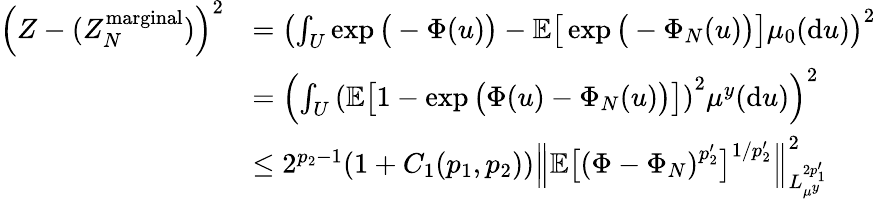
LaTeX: \begin{array}{rl}{\left(Z-(Z_{N}^{\mathrm{marginal}})\right)^{2}}&{=\left(\int_{U}\exp\big(-\Phi(u)\big)-\mathbb{E}\big[\exp\big(-\Phi_{N}(u)\big)\big]\mu_{0}(\mathrm{d}u)\right)^{2}}\\ &{=\left(\int_{U}\left(\mathbb{E}\big[1-\exp\big(\Phi(u)-\Phi_{N}(u)\big)\big]\right)^{2}\mu^{y}(\mathrm{d}u)\right)^{2}}\\ &{\leq 2^{p_{2}-1}(1+C_{1}(p_{1},p_{2}))\left\| \mathbb{E}\big[\left(\Phi-\Phi_{N}\right)^{p_{2}^{\prime}}\big]^{1/p_{2}^{\prime}}\right\| _{L_{\mu^{y}}^{2p_{1}^{\prime}}}^{2}}\end{array}